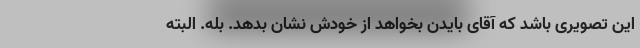
این تصویری باشد که آقای بایدن بخواهد از خودش نشان بدهد. بله. البته